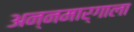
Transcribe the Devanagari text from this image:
अन्नमार्गाला